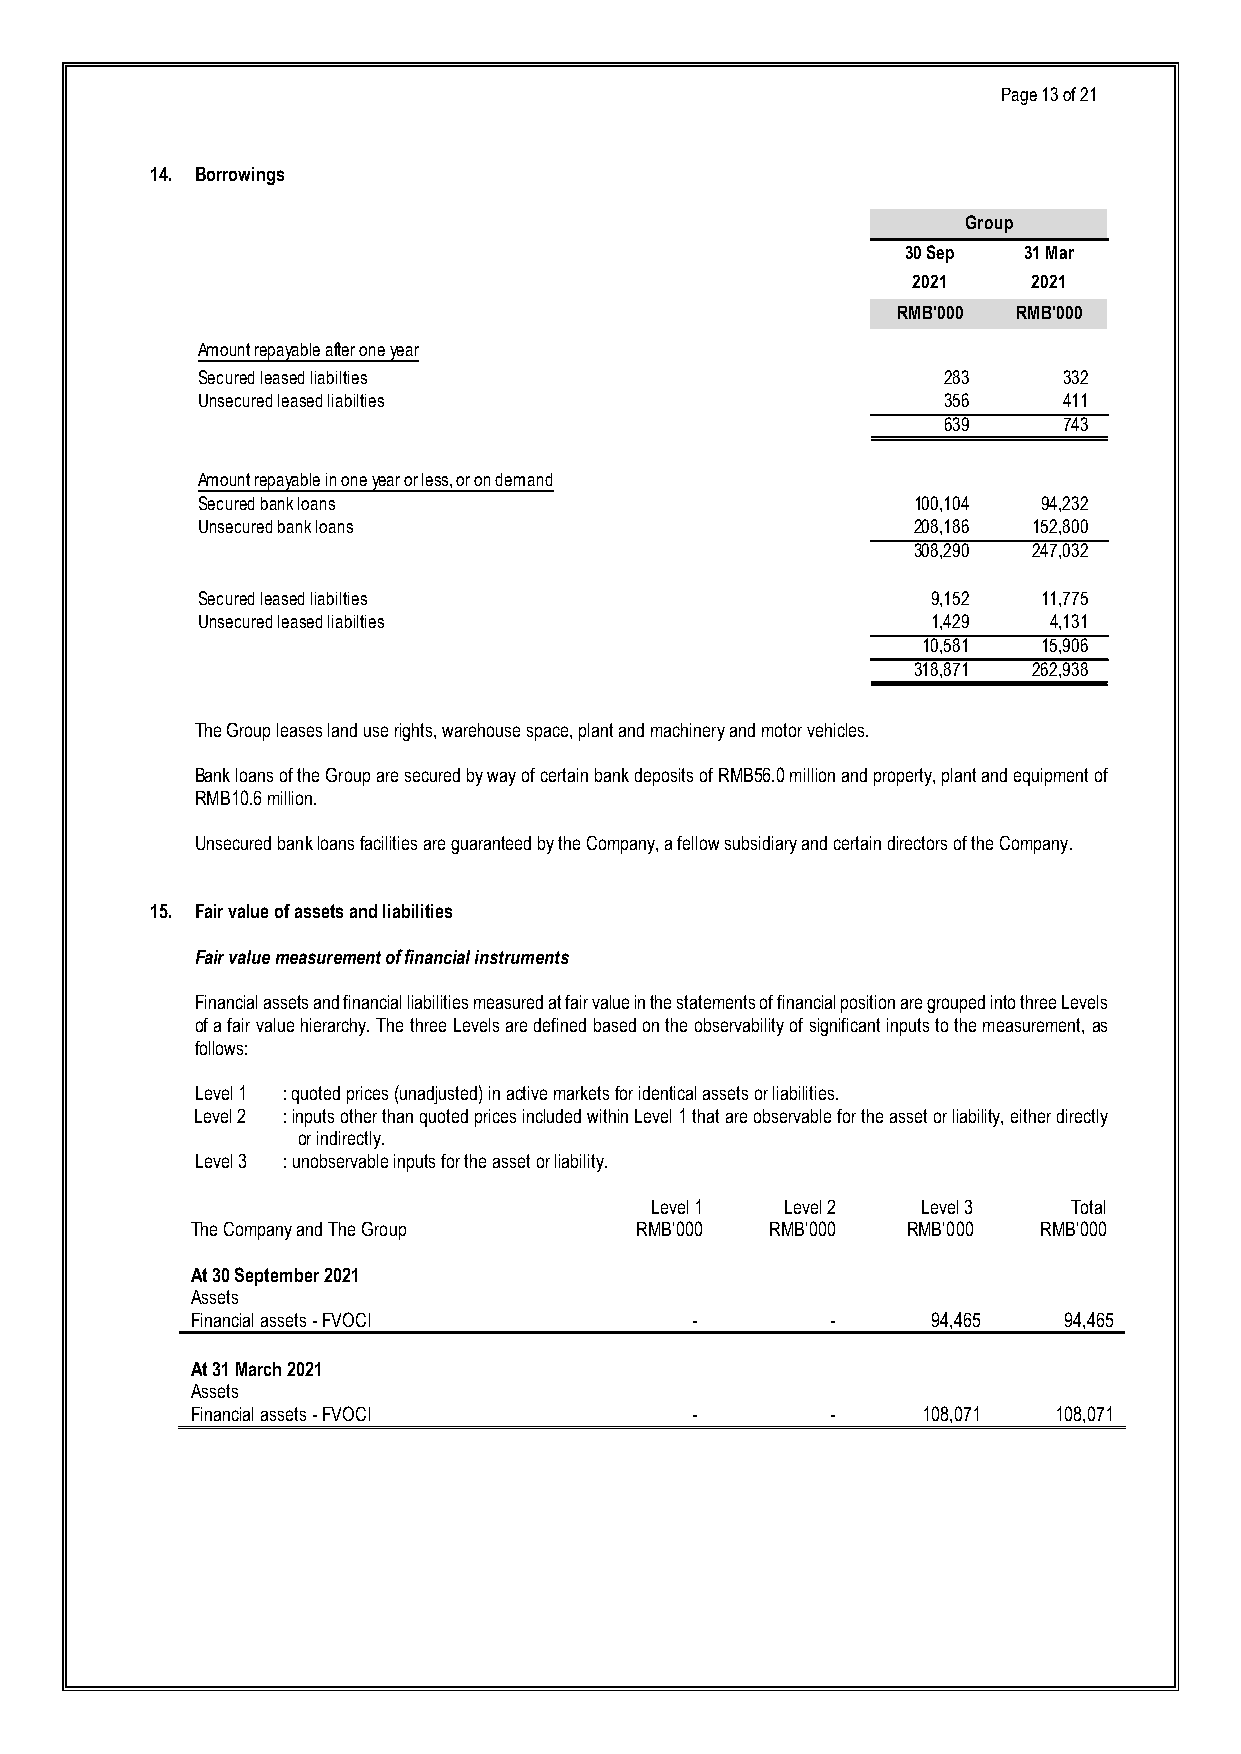
Page 13 of 21
 14. Borrowings
 Group
 30 Sep  31 Mar
 2021    2021
 RMB'000 RMB'000
 Amount repayable after one year
 Secured leased liabilties                        283     3 32
 Unsecured leased liabilties                      356     4 11
 639     7 43
 Amount repayable in one year or less, or on demand
 Secured bank loans                             100,104  94,232
 Unsecured bank loans                           208,186 1 52,800
 308,290 2 47,032
 Secured leased liabilties                        9 ,152 11,775
 Unsecured leased liabilties                      1 ,429 4,131
 10,581  15,906
 318,871 2 62,938
 The Group leases land use rights, warehouse space, plant and machinery and motor vehicles.
 Bank loans of the Group are secured by way of certain bank deposits of RMB56.0 million and property, plant and equipment of
 RMB10.6 million.
 Unsecured bank loans facilities are guaranteed by the Company, a fellow subsidiary and certain directors of the Company.
 15. Fair value of assets and liabilities
 Fair value measurement of financial instruments
 Financial assets and financial liabilities measured at fair value in the statements of financial position are grouped into three Levels
 of a fair value hierarchy. The three Levels are defined based on the observability of significant inputs to the measurement, as
 follows:
 Level 1 : quoted prices (unadjusted) in active markets for identical assets or liabilities.
 Level 2 : inputs other than quoted prices included within Level 1 that are observable for the asset or liability, either directly
 or indirectly.
 Level 3 : unobservable inputs for the asset or liability.
 Level 1  Level 2  Level 3   Total
 The Company and The Group    RMB’000  RMB’000  RMB’000  RMB’000
 At 30 September 2021
 Assets
 Financial assets - FVOCI         -        -      94,465  94,465
 At 31 March 2021
 Assets
 Financial assets - FVOCI         -        -     108,071  108,071